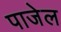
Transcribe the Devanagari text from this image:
पाजेल